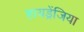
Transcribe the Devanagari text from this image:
हायड्रेंजिया